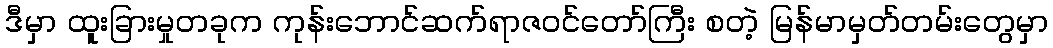
ဒီမှာ ထူးခြားမှုတခုက ကုန်းဘောင်ဆက်ရာဇဝင်တော်ကြီး စတဲ့ မြန်မာမှတ်တမ်းတွေမှာ